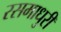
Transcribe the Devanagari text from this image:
रसमाधुरी